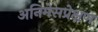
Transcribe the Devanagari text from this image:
अनिमेसप्रेक्षण